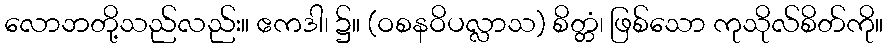
လောဘတို့သည်လည်း။ ဧကဒါ၊ ၌။ (ဝစနဝိပလ္လာသ) စိတ္တံ၊ ဖြစ်သော ကုသိုလ်စိတ်ကို။